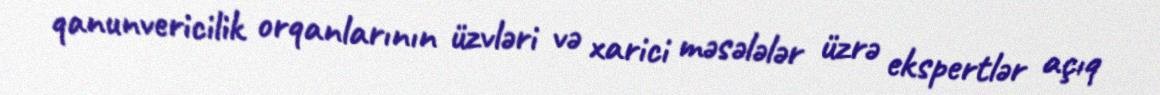
qanunvericilik orqanlarının üzvləri və xarici məsələlər üzrə ekspertlər açıq